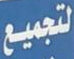
لتجميع